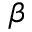
\beta